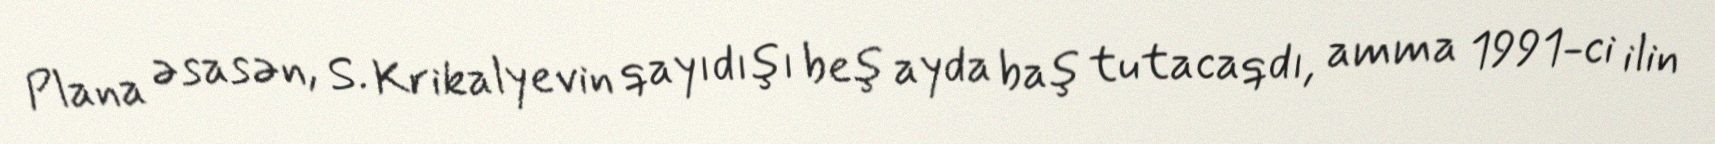
Plana əsasən, S. Krikalyevin qayıdışı beş ayda baş tutacaqdı, amma 1991-ci ilin